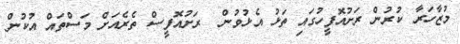
މުޒާހަރާ ކުރުން ރަށުއޮފީހުގައި ތަޅު އެޅުވުން  ރަށުއޮފީސް ތެރެއަށް މަސްތައް އުކުން